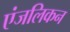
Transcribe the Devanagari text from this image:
एंजलिकन